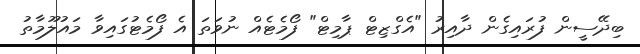
ބިދޭސީން ފުރައިގެން ދާއިރު "އެގްޒިޓް ޕާމިޓް" ފޯމެޓެއް ނުވަތަ އެ ފޯމެޓުގައިވާ މައުލޫމާތު